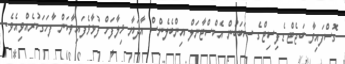
ގޮސްފައިވާ ބަޖެޓް ޑެފިސިޓްގެ ސަބަބުން އެކްސްޓާނަލް އިންބެލެންސް އާދަޔާ ޚިލާފަށް ފުޅާވެފައިވާކަން ފާހަގަކުރެއްވިއެވެ.